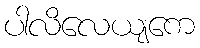
ပါလိလေယျကေ